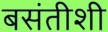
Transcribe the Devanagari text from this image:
बसंतीशी